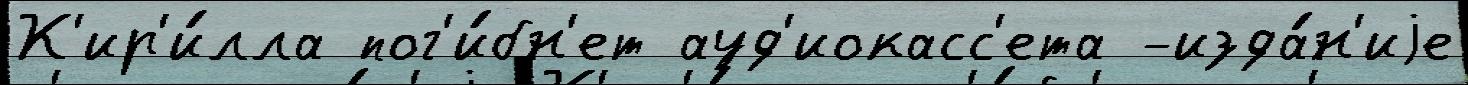
К'ир'и́лла пог'и́бн'ет ауд'иокасс'ета -изда́н'иjе